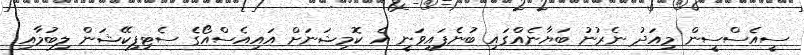
ސީއެސްސީން މިއަދު ނެރުނު ބަޔާނެއްގައި ބުނެފައިވަނީ އެ ކޮމިޝަނަށް އައިއެސްއޯގެ ސެޓިފިކޭޝަން ލިބުމާއި